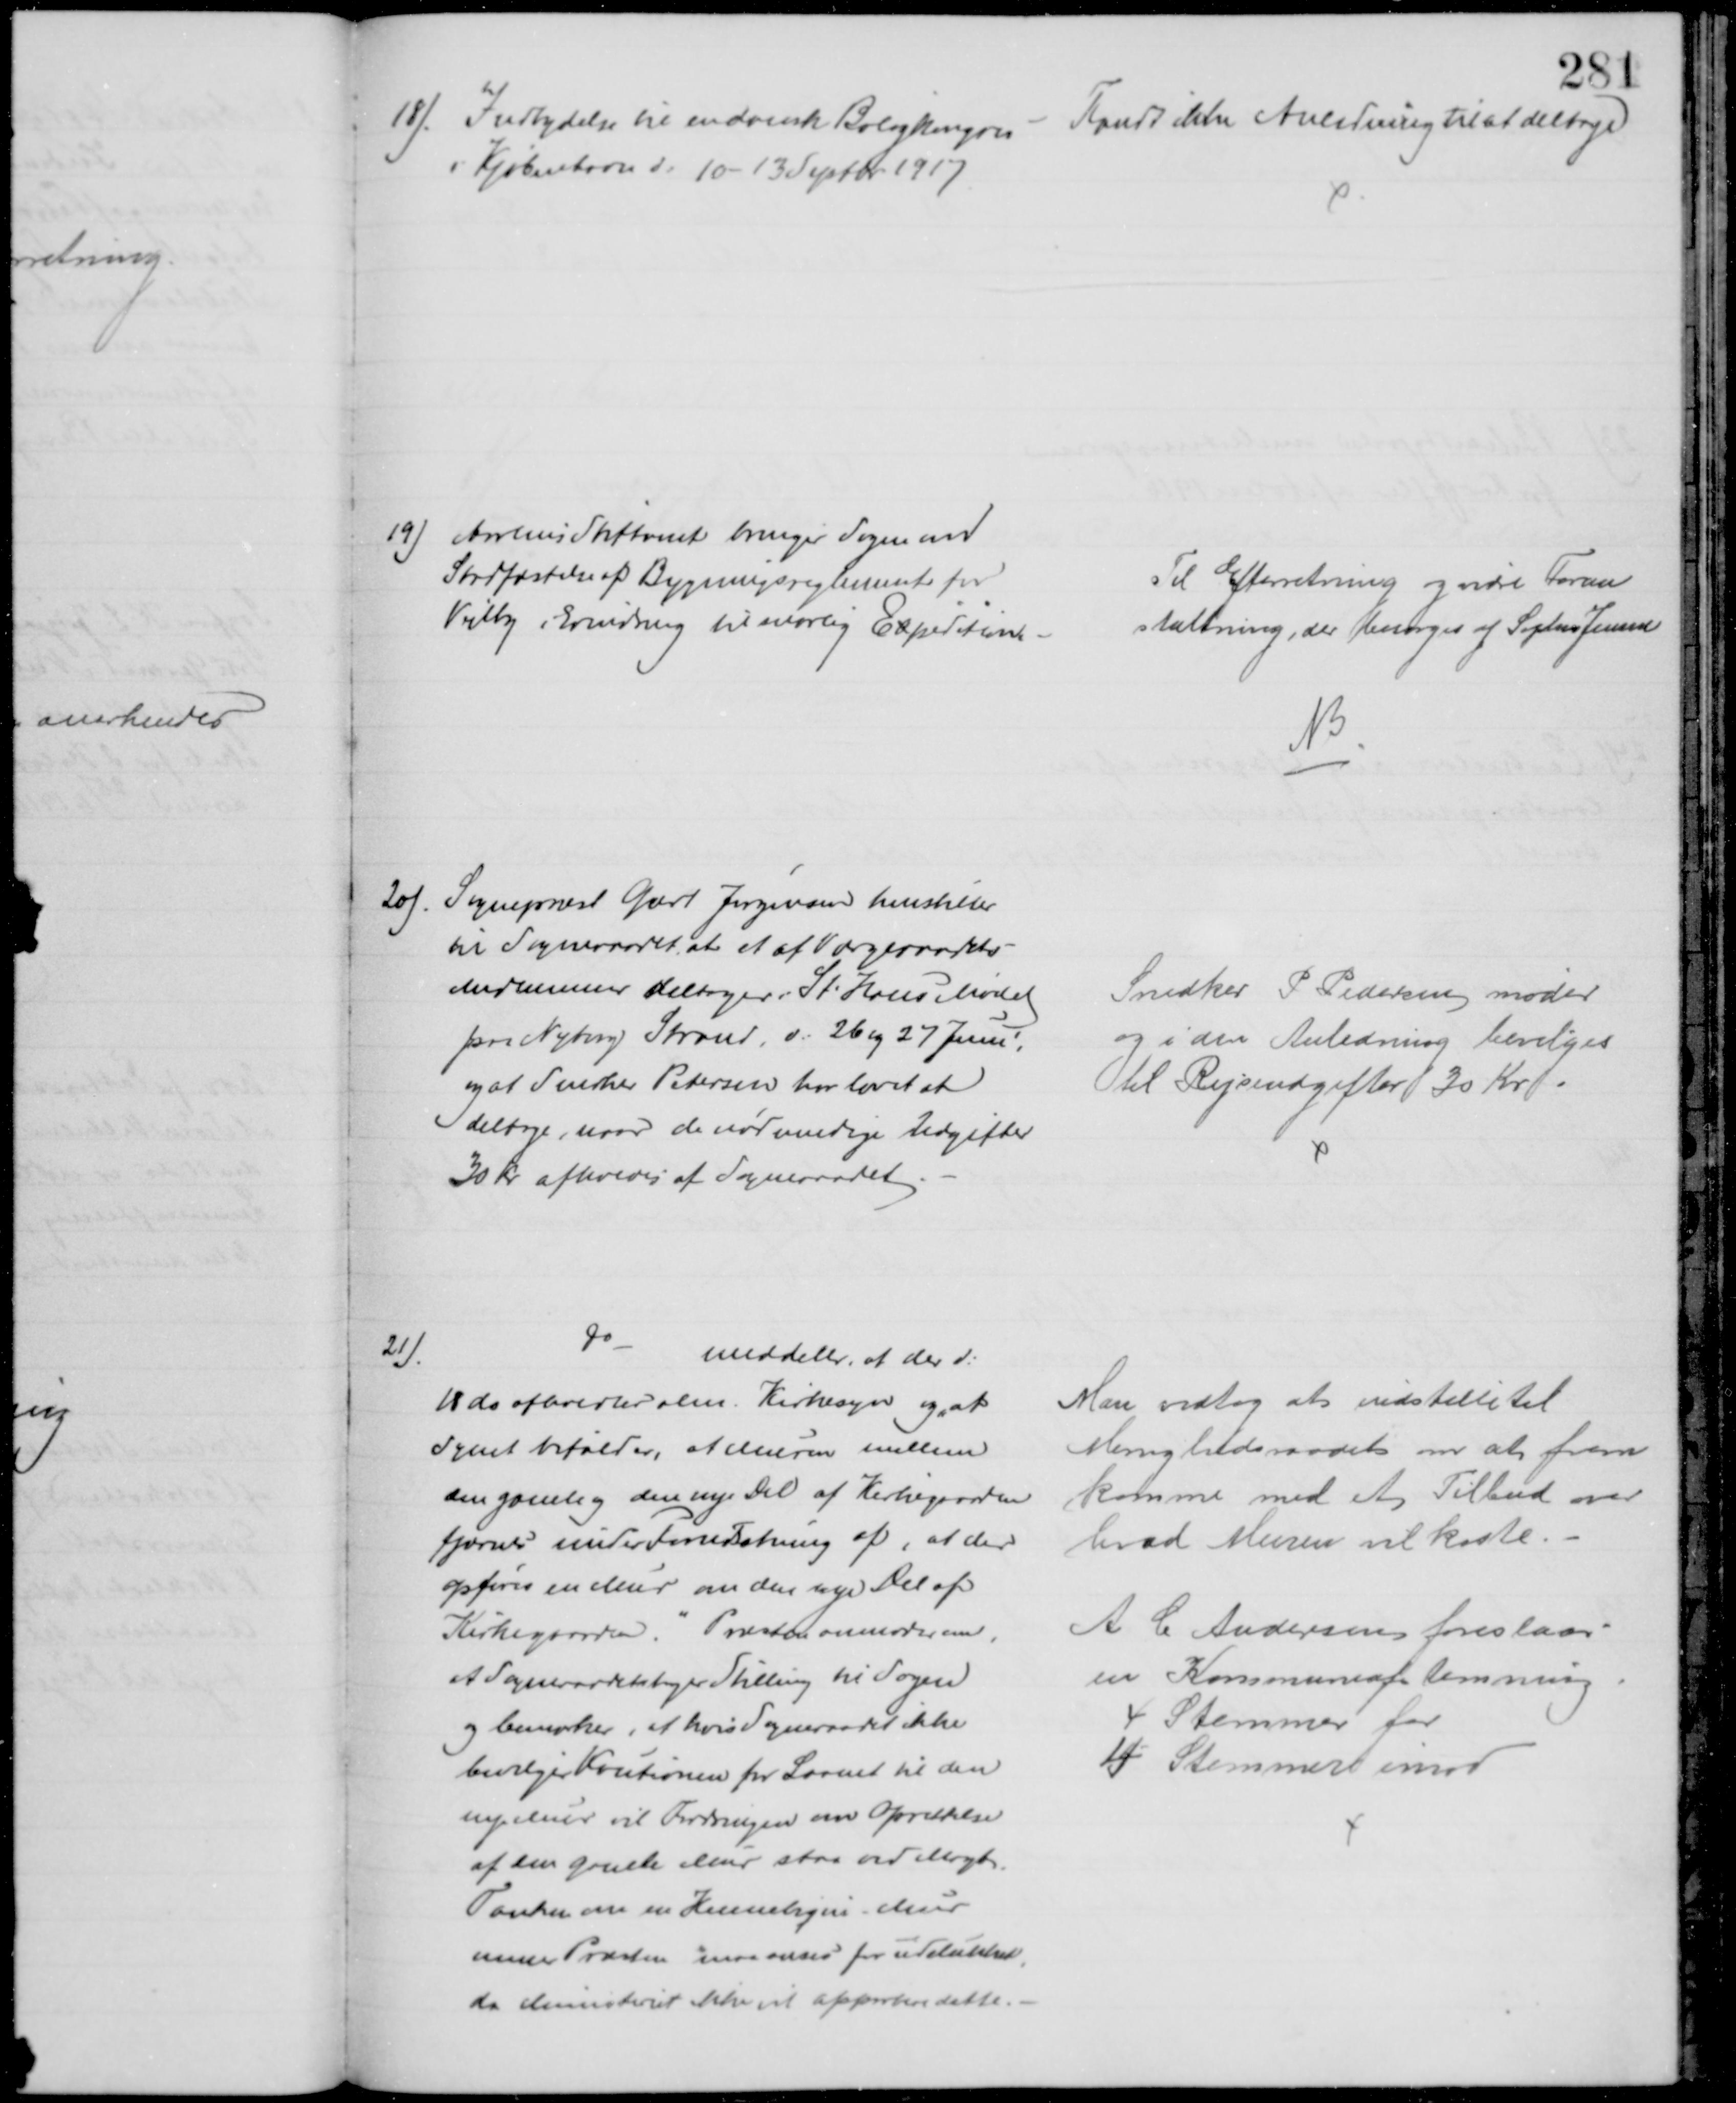
Transskription:
18). Indbydelse til en dansk Boligkongres
i Kjøbenhavn d. 10 - 13 Septbr. 1917
Fandt ikke Anledning til at deltage
19) Aarhus Stiftamt bringer Sagen om
Stadfæstelse af Bygningsregulativet for
Vejlby i Erindring til snarlig Expedition
Til Efterretning og vidre Foran
staltning, der besørges af Sophus Jensen
NB
20). Sognepræst Geert Jørgensen henstiller
til Sogneraadet at et af Værgeraadets
Medlemmer deltager i St. Hans Mødet
paa Nyborg Strand, d: 26 og 27 Juni,
og at Snedker Petersen har lovet at
deltage, naar de nødvendige Udgifter
30 Kr afholdes af Sogneraadet.
Snedker P Pedersen møder
og i den Anledning bevilges
til Rejseudgifter 30 Kr
21)
Do
meddeler, at der d:
18 ds afholdtes alm. Kirkesyn og "at
Synet bifalder, at Muren mellem
den gamle og den nye Del af Kirkegaarden
fjærnes under Forudsætning af, at der
opføres en Mur om den nye Del af
Kirkegaarden." Præsten anmoder om,
at Sogneraadet tager Stilling til Sagen
og bemærker, at hvis Sogneraadet ikke
bevilger Kautionen for Laanet til den
nye Mur vil Fordringen om Oprettelse
af den gamle Mur staa ved Magt.
Tanken om en  Mur
mener Præsten maa anses for udelukket
da Ministeriet ikke vil approbere dette.
Man vedtog at indstille til
Menighedsraadet om at frem
komme med et Tilbud over
hvad Muren vil koste.
A C Andersen foreslaar
en Kommuneafstemning
4 Stemmer for
4 Stemmer imod